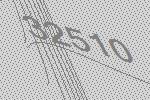
32510